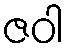
ဇဝါ